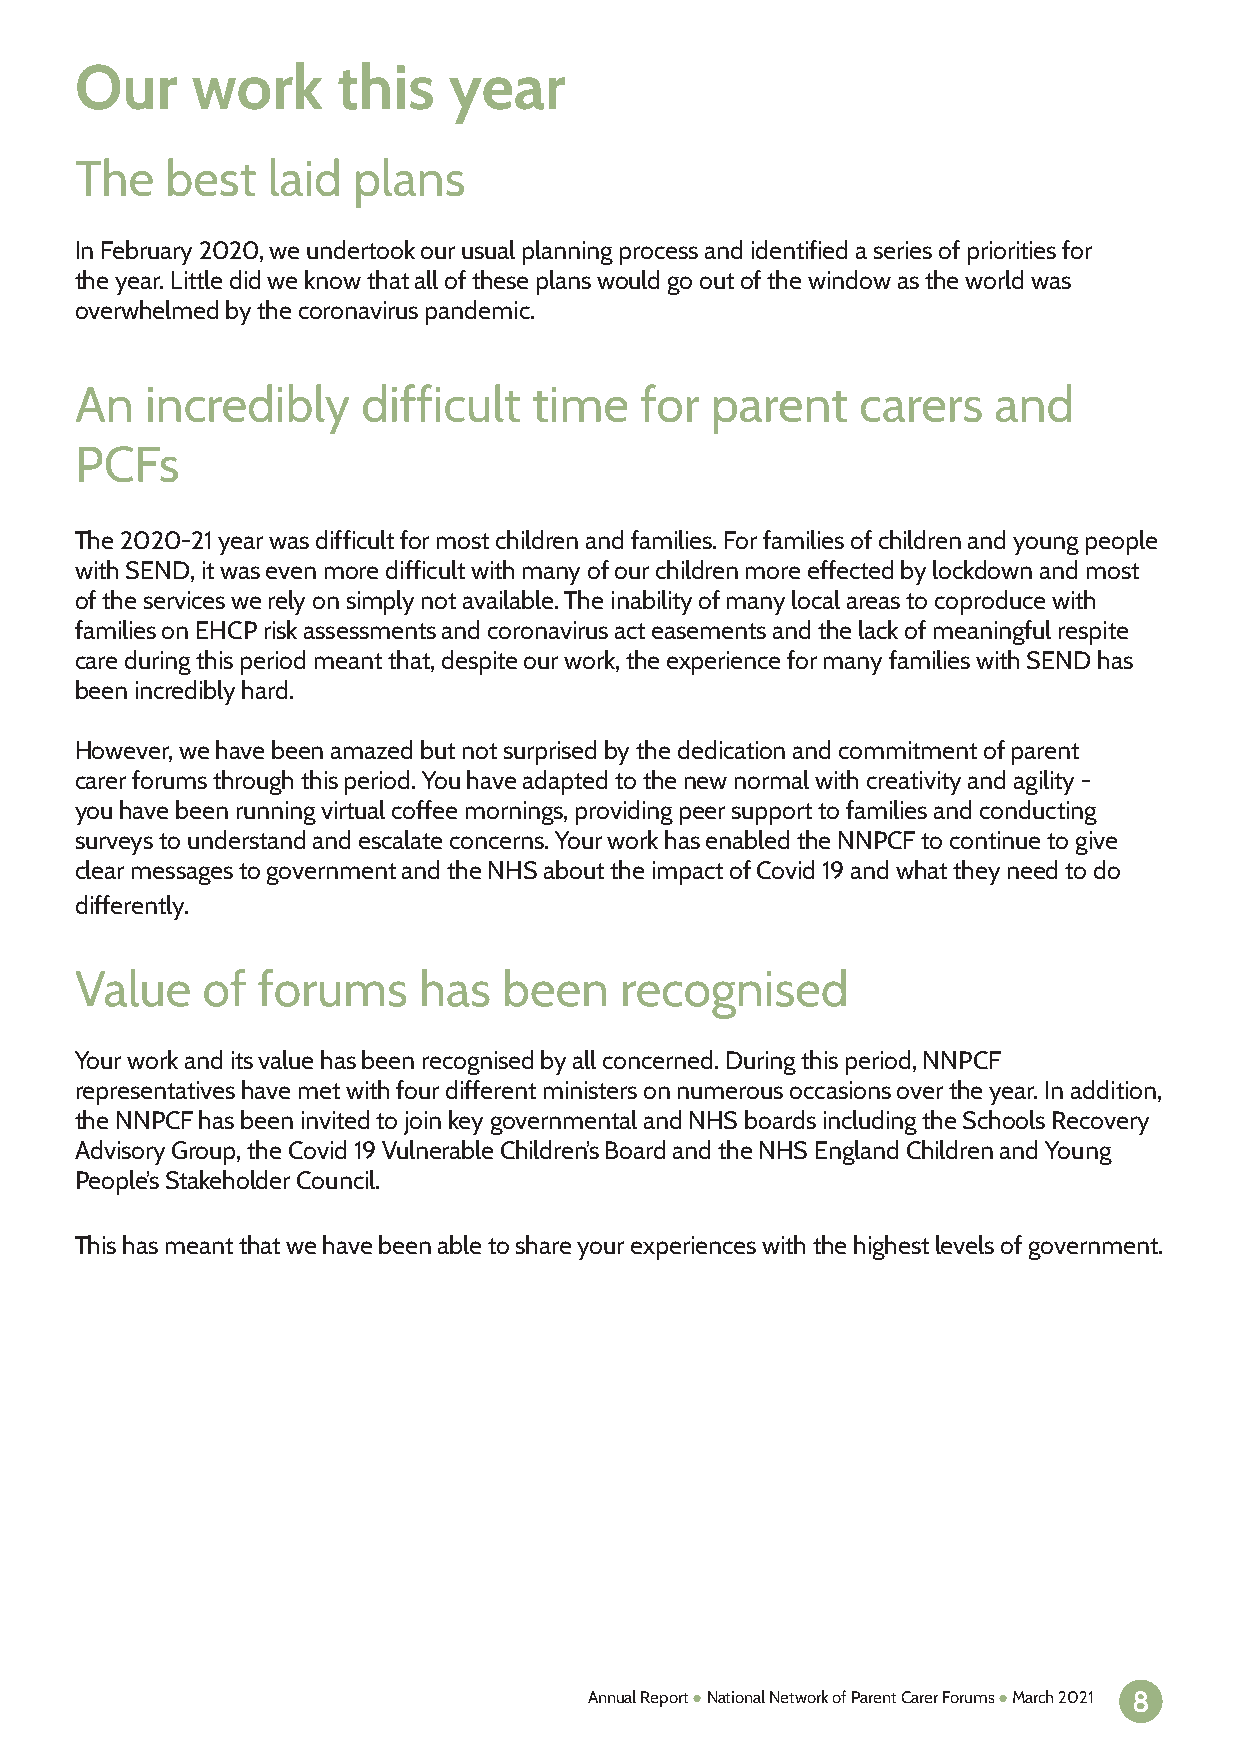
Our     work     this    year
 The   best   laid plans
 In February 2020, we undertook our usual planning process and identified a series of priorities for
 the year. Little did we know that all of these plans would go out of the window as the world was
 overwhelmed by the coronavirus pandemic.
 An   incredibly    difficult  time   for  parent    carers   and
 PCFs
 The 2020-21 year was difficult for most children and families. For families of children and young people
 with SEND, it was even more difficult with many of our children more effected by lockdown and most
 of the services we rely on simply not available. The inability of many local areas to coproduce with
 families on EHCP risk assessments and coronavirus act easements and the lack of meaningful respite
 care during this period meant that, despite our work, the experience for many families with SEND has
 been incredibly hard.
 However, we have been amazed but not surprised by the dedication and commitment of parent
 carer forums through this period. You have adapted to the new normal with creativity and agility -
 you have been running virtual coffee mornings, providing peer support to families and conducting
 surveys to understand and escalate concerns. Your work has enabled the NNPCF to continue to give
 clear messages to government and the NHS about the impact of Covid 19 and what they need to do
 differently.
 Value   of  forums     has  been    recognised
 Your work and its value has been recognised by all concerned. During this period, NNPCF
 representatives have met with four different ministers on numerous occasions over the year. In addition,
 the NNPCF has been invited to join key governmental and NHS boards including the Schools Recovery
 Advisory Group, the Covid 19 Vulnerable Children’s Board and the NHS England Children and Young
 People’s Stakeholder Council.
 This has meant that we have been able to share your experiences with the highest levels of government.
 Annual Report ● National Network of Parent Carer Forums ● March 2021 8